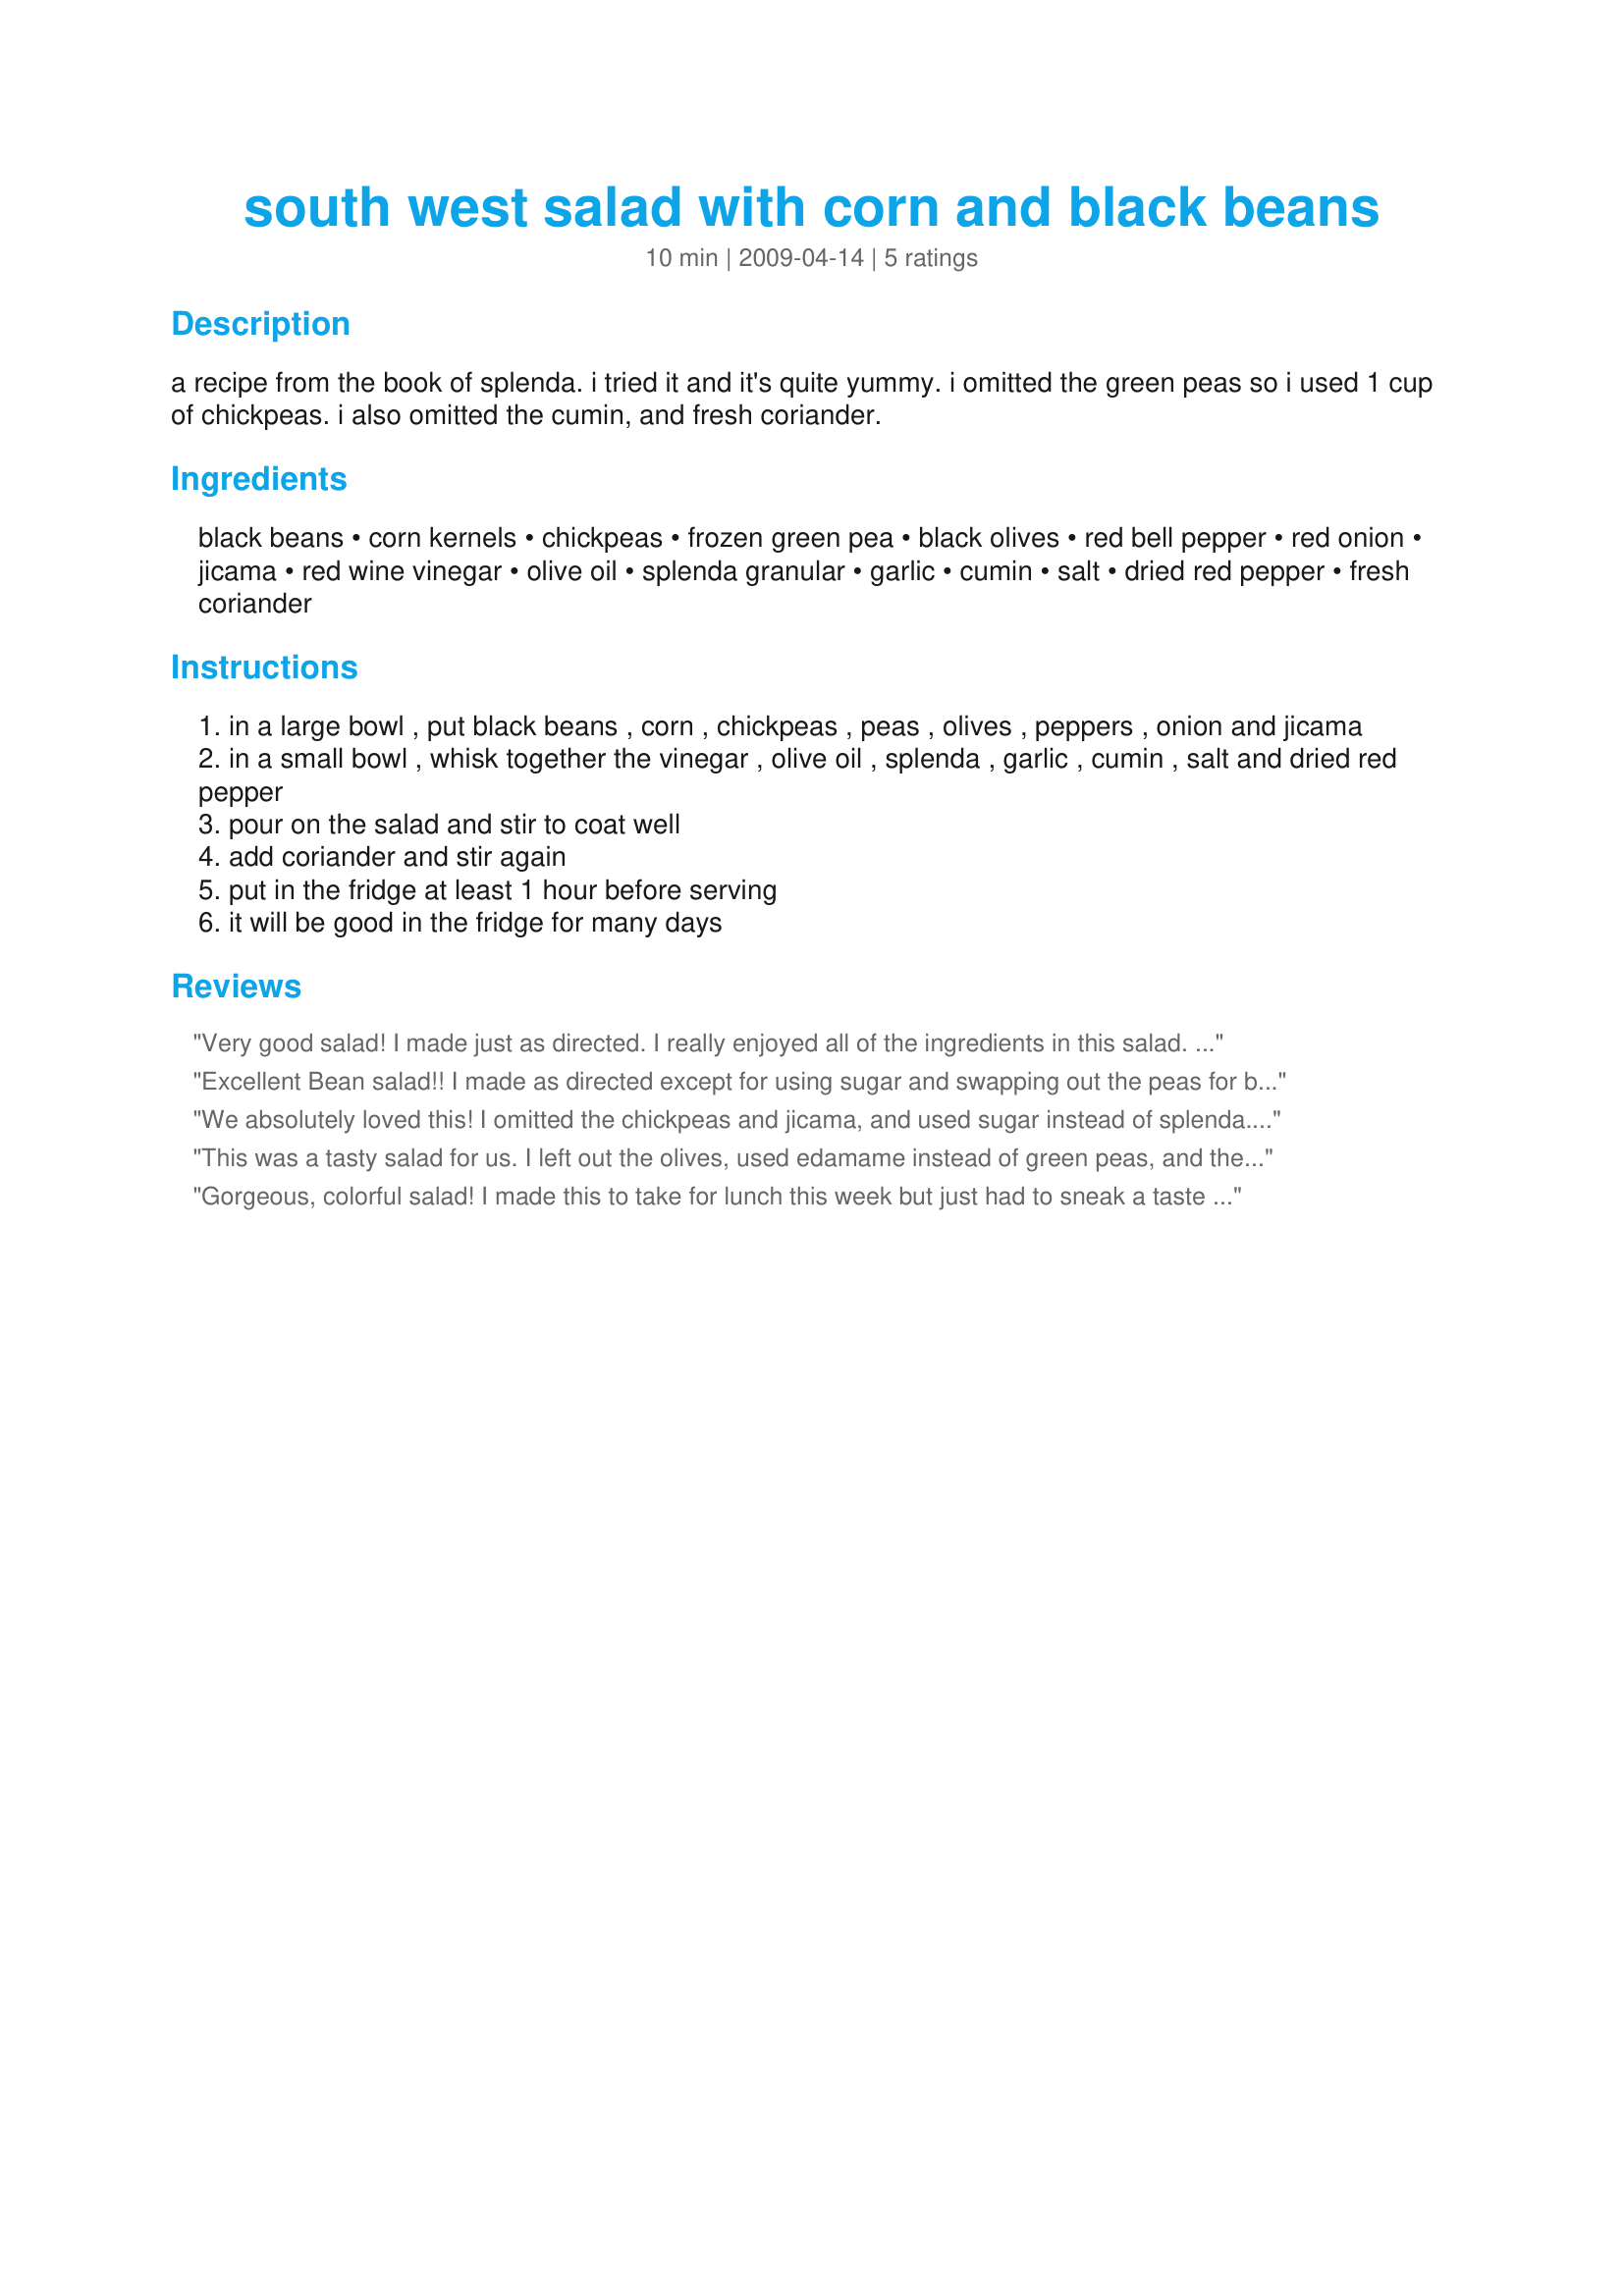
south west salad with corn and black beans
Preparation time: 10 minutes

a recipe from the book of splenda. i tried it and it's quite yummy. i omitted the green peas so i used 1 cup of chickpeas. i also omitted the cumin, and fresh coriander.

Ingredients:
black beans, corn kernels, chickpeas, frozen green pea, black olives, red bell pepper, red onion, jicama, red wine vinegar, olive oil, splenda granular, garlic, cumin, salt, dried red pepper, fresh coriander

Steps:
in a large bowl , put black beans , corn , chickpeas , peas , olives , peppers , onion and jicama
in a small bowl , whisk together the vinegar , olive oil , splenda , garlic , cumin , salt and dried red pepper
pour on the salad and stir to coat well
add coriander and stir again
put in the fridge at least 1 hour before serving
it will be good in the fridge for many days

Reviews:
Very good salad! I made just as directed. I really enjoyed all of the ingredients in this salad. Thanks for sharing! Made for Gimme 5 tag.
Excellent Bean salad!! I made as directed except for using sugar and swapping out the peas for baby lima beans. I am really looking forward to having this for lunch today. Thanks so much for sharing this recipe. We will be having it on a regular basis! Made for Family Picks ZWT 8
We absolutely loved this! I omitted the chickpeas and jicama, and used sugar instead of splenda. For me, half of the dressing was plenty, but I saved the rest in case it was a little dry the next day and needed more. The flavors are outstanding; a nice tang from the vinegar and a hint of smokey goodness from the cumin. This will definitely be made again, both for BBQs and for a lunchbox filler. Thanks so much for posting!
This was a tasty salad for us. I left out the olives, used edamame instead of green peas, and the store didn&#039;t have any jicama or coriander. It was still a good salad. We ate it on the weekend with chips while watching tv. Made for Rookie Tag Game 2013.
Gorgeous, colorful salad! I made this to take for lunch this week but just had to sneak a taste before putting in the fridge. I love the dressing and imagine it will taste even better tomorrow after the flavors have had more time to blend. I left out the olives, onion, and cilantro (personal preference) and doubled the amount of chickpeas. Thanks Boomette for a great salad!
